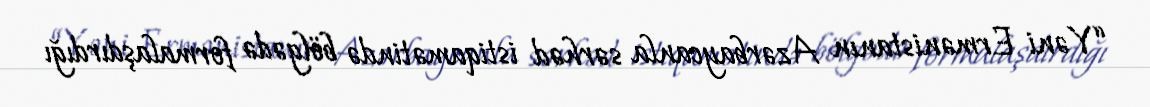
“Yəni Ermənistanın Azərbaycanla sərhəd istiqamətində bölgədə formalaşdırdığı